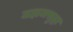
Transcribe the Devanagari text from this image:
जहाजसुद्धा